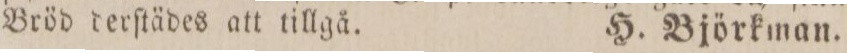
Bröd derſtädes att tillgå.    H. Björkman.